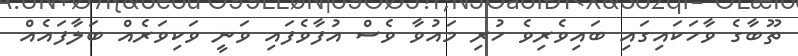
ތޫބާގެ ވާހަކައިގައި ބައިވެރިވެ ހުރި މައުވާ ވެސް އުފާވެފައި ވަނީ ވަކިވަރެއް ބަލާފައެއް